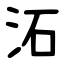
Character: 沰